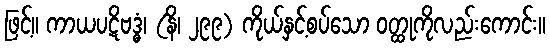
ဖြင့်။ ကာယပဋိဗဒ္ဓံ၊ (နိ၊ ၂၉၉) ကိုယ်နှင့်စပ်သော ဝတ္ထုကိုလည်းကောင်း။